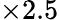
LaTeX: \times 2.5